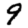
Digit: 9